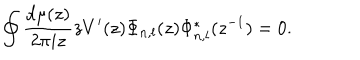
LaTeX: \oint \frac { d \mu ( z ) } { 2 \pi i z } z V ^ { \prime } ( z ) \Phi _ { n , l } ( z ) \Phi _ { n , l } ^ { * } ( z ^ { - 1 } ) = 0 .